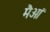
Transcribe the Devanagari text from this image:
मैआं